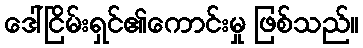
ဒေါ်ငြိမ်းရှင်၏ကောင်းမှု ဖြစ်သည်။